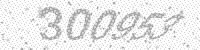
Solution: 300953